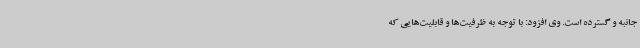
‌جانبه و گسترده است. وی افزود: با توجه به ظرفیت‌ها و قابلیت‌هایی که